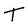
Character: T